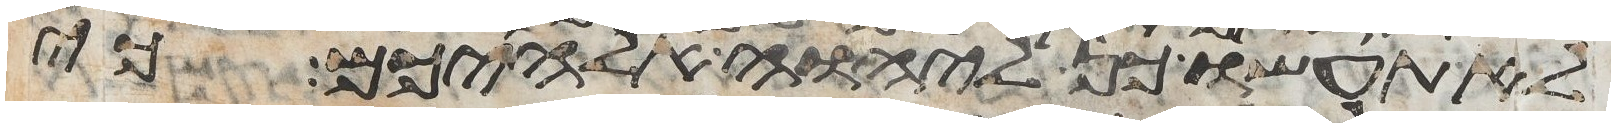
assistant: לא תעשו כן ליהוה אלהיכם כי